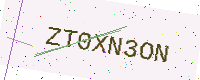
Text: ZT0XN3ON